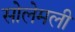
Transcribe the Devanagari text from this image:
सोलेमली